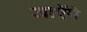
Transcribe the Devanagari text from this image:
जाऐंगे